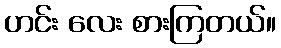
ဟင်း လေး စားကြတယ်။